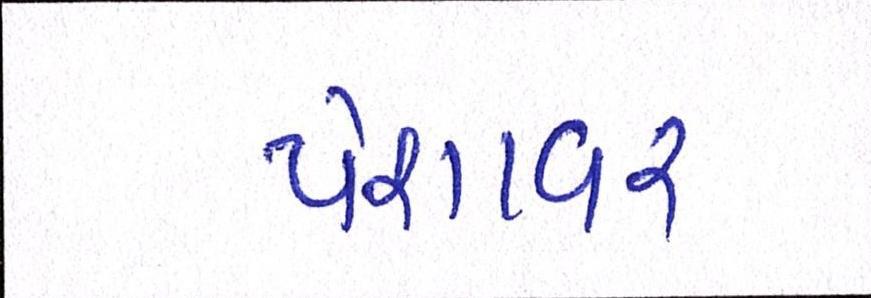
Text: પેશાવર